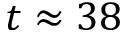
t \approx 3 8